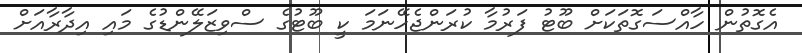
އެގޮތުން ހާއްސަގޮތަކަށް ބޫޓު ފަރުމާ ކުރަންޖެހޭނަމަ ކީ ބޫޓުގެ ސްވިޒަލޭންޑުގެ މައި އިދާރާއަށް